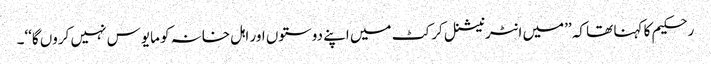
رحکیم کا کہنا تھا کہ ’’میں انٹرنیشنل کرکٹ میں اپنے دوستوں اور اہل خانہ کو مایوس نہیں کروں گا‘‘۔